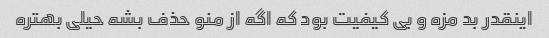
اینقدر بد مزه و بی کیفیت بود که اگه از منو حذف بشه حیلی بهتره